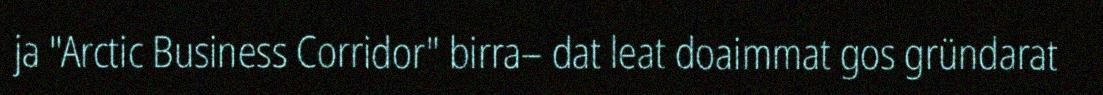
ja "Arctic Business Corridor" birra– dat leat doaimmat gos gründarat